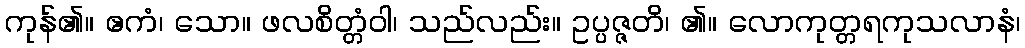
ကုန်၏။ ဧကံ၊ သော။ ဖလစိတ္တံဝါ၊ သည်လည်း။ ဥပ္ပဇ္ဇတိ၊ ၏။ လောကုတ္တရကုသလာနံ၊